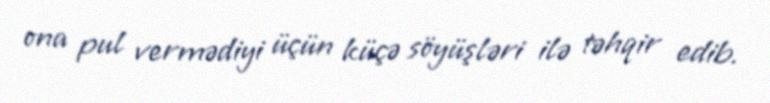
ona pul vermədiyi üçün küçə söyüşləri ilə təhqir edib.